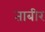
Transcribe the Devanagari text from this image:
ताबीर